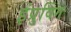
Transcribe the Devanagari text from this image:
इंप्रुविंग